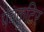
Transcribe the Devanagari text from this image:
पंचकुटिर